Indian journal of veterinary science and animal husbandry - Volumes 18-21, 1948-1951
Year: 1948
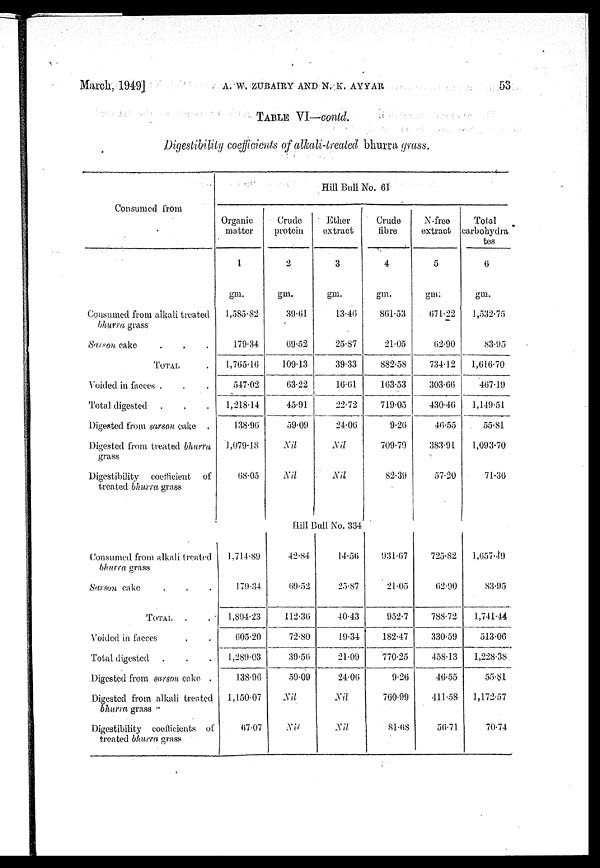
March, 1949]
A.W.
ZUBAIRY
AND
N.
K.
AYYAR
53
TABLE VI—contd.
Digestibility coefficients of alkali-treated bhurra grass.
Consumed from
Consumed from alkali treated
bhurra grass
Sarson cake . . .
TOTAL .
Voided in faeces . . .
Total digested . . .
Digested from sarson cake .
Digested from treated bhurra
grass
Digestibility coefficient
of
treated bhurra grass
Hill Bull No. 61
Organic
matter
1
gm.
1.585.82
179.34
1,765.16
547.02
1,218.14
138.90
1,079.18
08.05
Crude
protein
2
gm.
39.01
09.52
109.13
03.22
45.91
59.09
Nil
Nil
Ether
extract
3
gm.
13.46
25.87
39.33
10.61
22.72
24.00
Nil
Nil
Crude
fibre
4
gm.
801.53
21.05
882.58
103.53
719.05
9.26
709.79
82.39
N.free
extract
5
gm.
671.22
62.90
734.12
303.66
430.40
46.55
383.91
57.20
Total
carbohydra
tos
6
gm.
1,532.75
83.95
1,616.70
407.19
1,149.51
55.81
1,093.70
71.36
Hill Bull No. 334
Consumed from alkali treated
bhurra grass
sarson cake . . .
TOTAL . .
Voided in faeces . . .
Total digested . . .
Digested from sarscm cake .
Digested from alkali treated
bhurra grass
Digestibility coefficients of
treated bhurra grass
1,714.89
179.34
1,894.23
005.20
1,289.03
138.96
1,150.07
07.07
42.84
09.52
112.30
72.80
39.56
59.09
Nil
Nil
14.56
25.87
40.43
19.34
21.09
24.00
Nil
Nil
931.07
21.05
952.7
182.47
770.25
9.20
700.99
81.68
725.82
02.90
788.72
330.59
458.13
40.55
411.58
56.71
1,657.19
S3.95
l,741.44
513.00
1,228.38
55.81
1,172.57
70.74